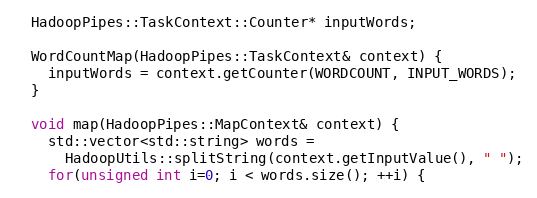
Language: C++
  HadoopPipes::TaskContext::Counter* inputWords;

  WordCountMap(HadoopPipes::TaskContext& context) {
    inputWords = context.getCounter(WORDCOUNT, INPUT_WORDS);
  }

  void map(HadoopPipes::MapContext& context) {
    std::vector<std::string> words =
      HadoopUtils::splitString(context.getInputValue(), " ");
    for(unsigned int i=0; i < words.size(); ++i) {